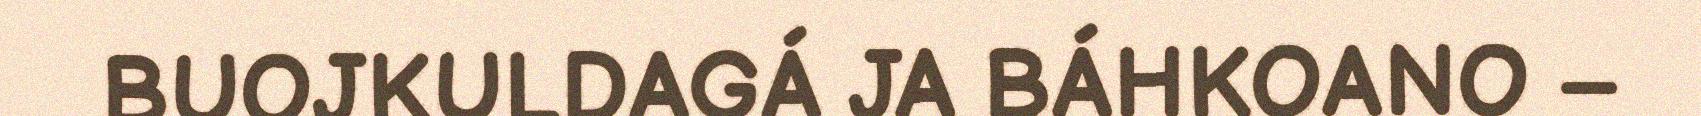
BUOJKULDAGÁ JA BÁHKOANO –